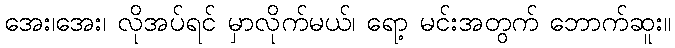
အေး၊အေး၊ လိုအပ်ရင် မှာလိုက်မယ်၊ ရော့ မင်းအတွက် ဘောက်ဆူး။